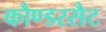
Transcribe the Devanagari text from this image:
कौण्डरसैट